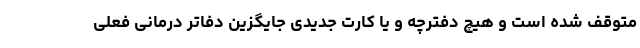
متوقف شده است و هیچ دفترچه و یا کارت جدیدی جایگزین دفاتر درمانی فعلی